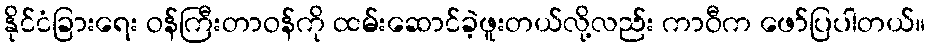
နိုင်ငံခြားရေး ဝန်ကြီးတာဝန်ကို ထမ်းဆောင်ခဲ့ဖူးတယ်လို့လည်း ကာဝီက ဖော်ပြပါတယ်။